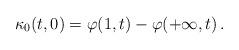
LaTeX: \begin{align*} \kappa_0(t,0)=\varphi(1,t)-\varphi(+\infty,t)\,.\end{align*}